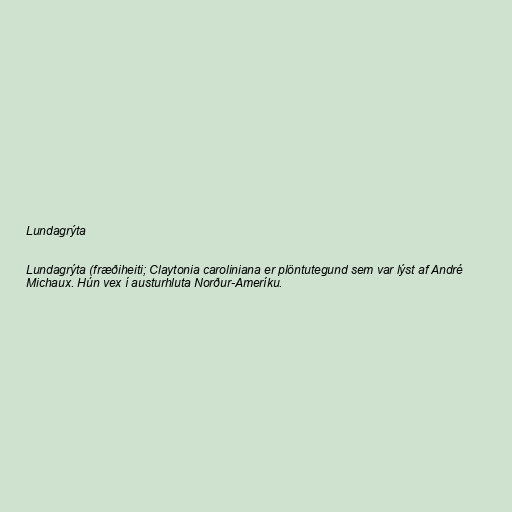
Lundagrýta

Lundagrýta (fræðiheiti; Claytonia caroliniana er plöntutegund sem var lýst af André
Michaux. Hún vex í austurhluta Norður-Ameríku.